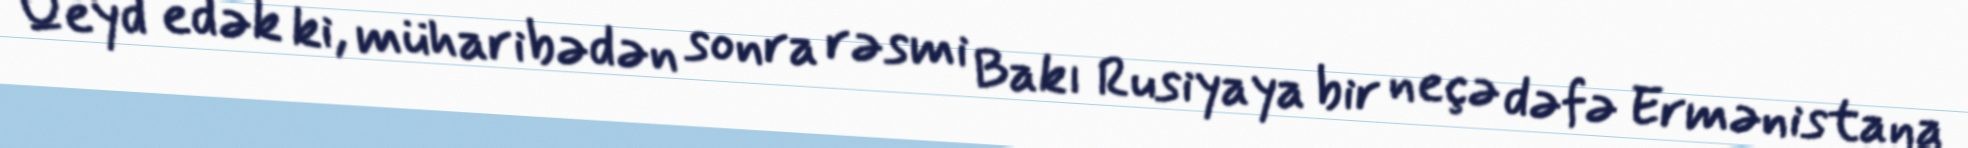
Qeyd edək ki, müharibədən sonra rəsmi Bakı Rusiyaya bir neçə dəfə Ermənistana